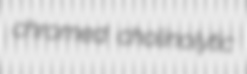
chromed cholinolytic